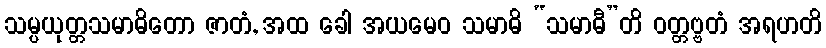
သမ္ပယုတ္တသမာဓိတော ဇာတံ, အထ ခေါ အယမေဝ သမာဓိ “သမာဓီ”တိ ဝတ္တဗ္ဗတံ အရဟတိ